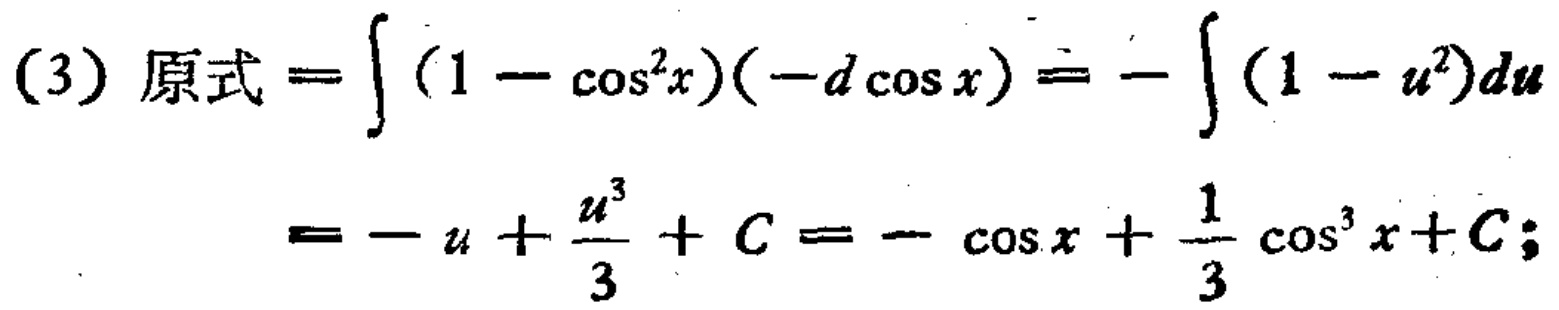
(3) 原式\(=\int (1 - \cos^{2}x)(-d\cos x)=-\int (1 - u^{2})du=-u+\frac{u^{3}}{3}+C=-\cos x+\frac{1}{3}\cos^{3}x + C\)；